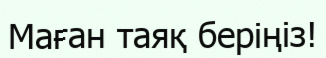
Маған таяқ беріңіз!